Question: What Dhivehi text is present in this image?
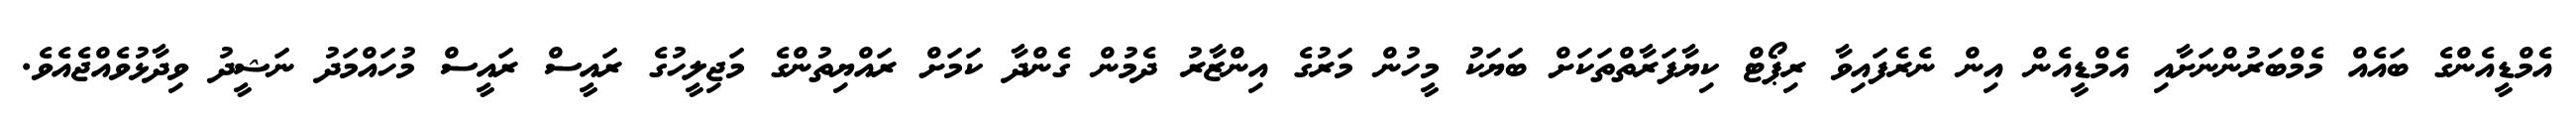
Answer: އެމްޑީއެންގެ ބައެއް މެމްބަރުންނަށާއި އެމްޑީއެން އިން ނެރެފައިވާ ރިޕޯޓް ކިޔާފަރާތްތަކަށް ބަޔަކު މީހުން މަރުގެ އިންޒާރު ދެމުން ގެންދާ ކަމަށް ރައްޔިތުންގެ މަޖިލީހުގެ ރައީސް ރައީސް މުހައްމަދު ނަޝީދު ވިދާޅުވެއްޖެއެވެ.